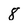
Character: 8